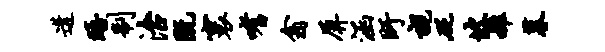
遘晤制治既寰嗜翕屏涵盱视砭坡雒暮